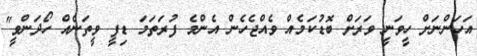
އަހަންނަށް ހީވަނީ ވަރަށް ބޮޑުކަމެއް ވެއްޖެހެން އެންމެ ފުރަތަމަ ޑިފީ ވީތަނެއް ހޯދަންވީ"